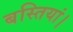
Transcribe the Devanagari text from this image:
बस्तियां।